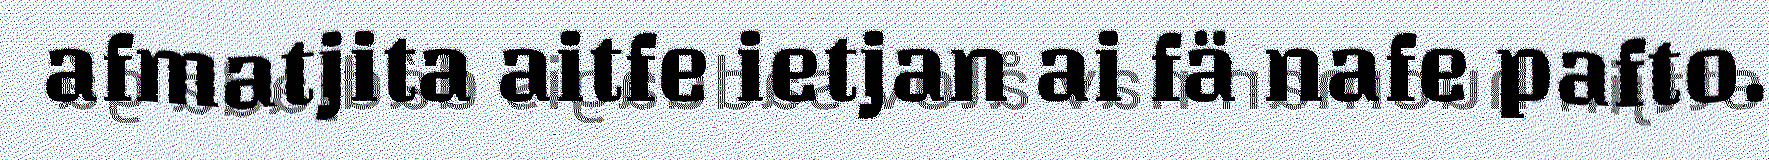
afmatjita aitfe ietjan ai fä nafe pafto.